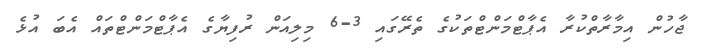
ޖާހުން އިމާރާތްކުރާ އެޕާޓްމަންޓްތަކުގެ ތެރޭގައި 3-6 މިލިއަން ރުފިޔާގެ އެޕާޓްމަންޓްތައް އެބަ އުޅެ